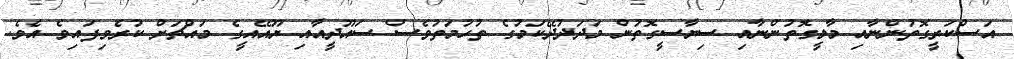
އަސްކަރީގޮތުންނާއި މާލީގޮތުންނާއި ސިޔާސީގޮތުން މަދަދުދޭކަމުގެ ތުހުމަތުވެސް ސައޫދީއާއި ޔޫއޭއީގެ މައްޗަށް ކުރެވިފައިވެ އެވެ.